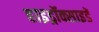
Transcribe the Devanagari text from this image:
हाइड्रॉक्साइडें